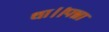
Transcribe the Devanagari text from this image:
था।।पन्ना